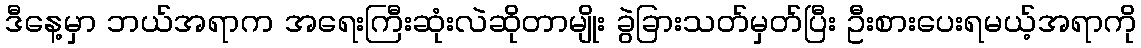
ဒီနေ့မှာ ဘယ်အရာက အရေးကြီးဆုံးလဲဆိုတာမျိုး ခွဲခြားသတ်မှတ်ပြီး ဦးစားပေးရမယ့်အရာကို